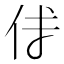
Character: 𠇇